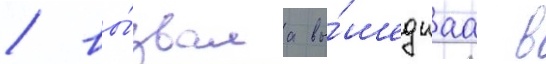
/ вы́звала вы́шедшаа в